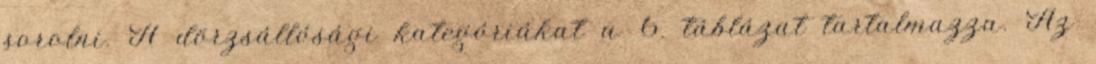
sorolni. A dörzsállósági kategóriákat a 6. táblázat tartalmazza. Az